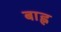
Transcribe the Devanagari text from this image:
बाह्न